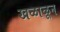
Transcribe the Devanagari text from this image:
खळाळून